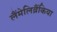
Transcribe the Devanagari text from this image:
लैंमेलिब्रैंकिया